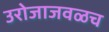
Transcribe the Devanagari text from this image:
उरोजाजवळच